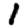
Digit: 1